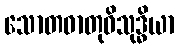
သောတဓာတုဝိသုဒ္ဓိယာ